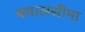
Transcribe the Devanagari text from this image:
बयालसीमा